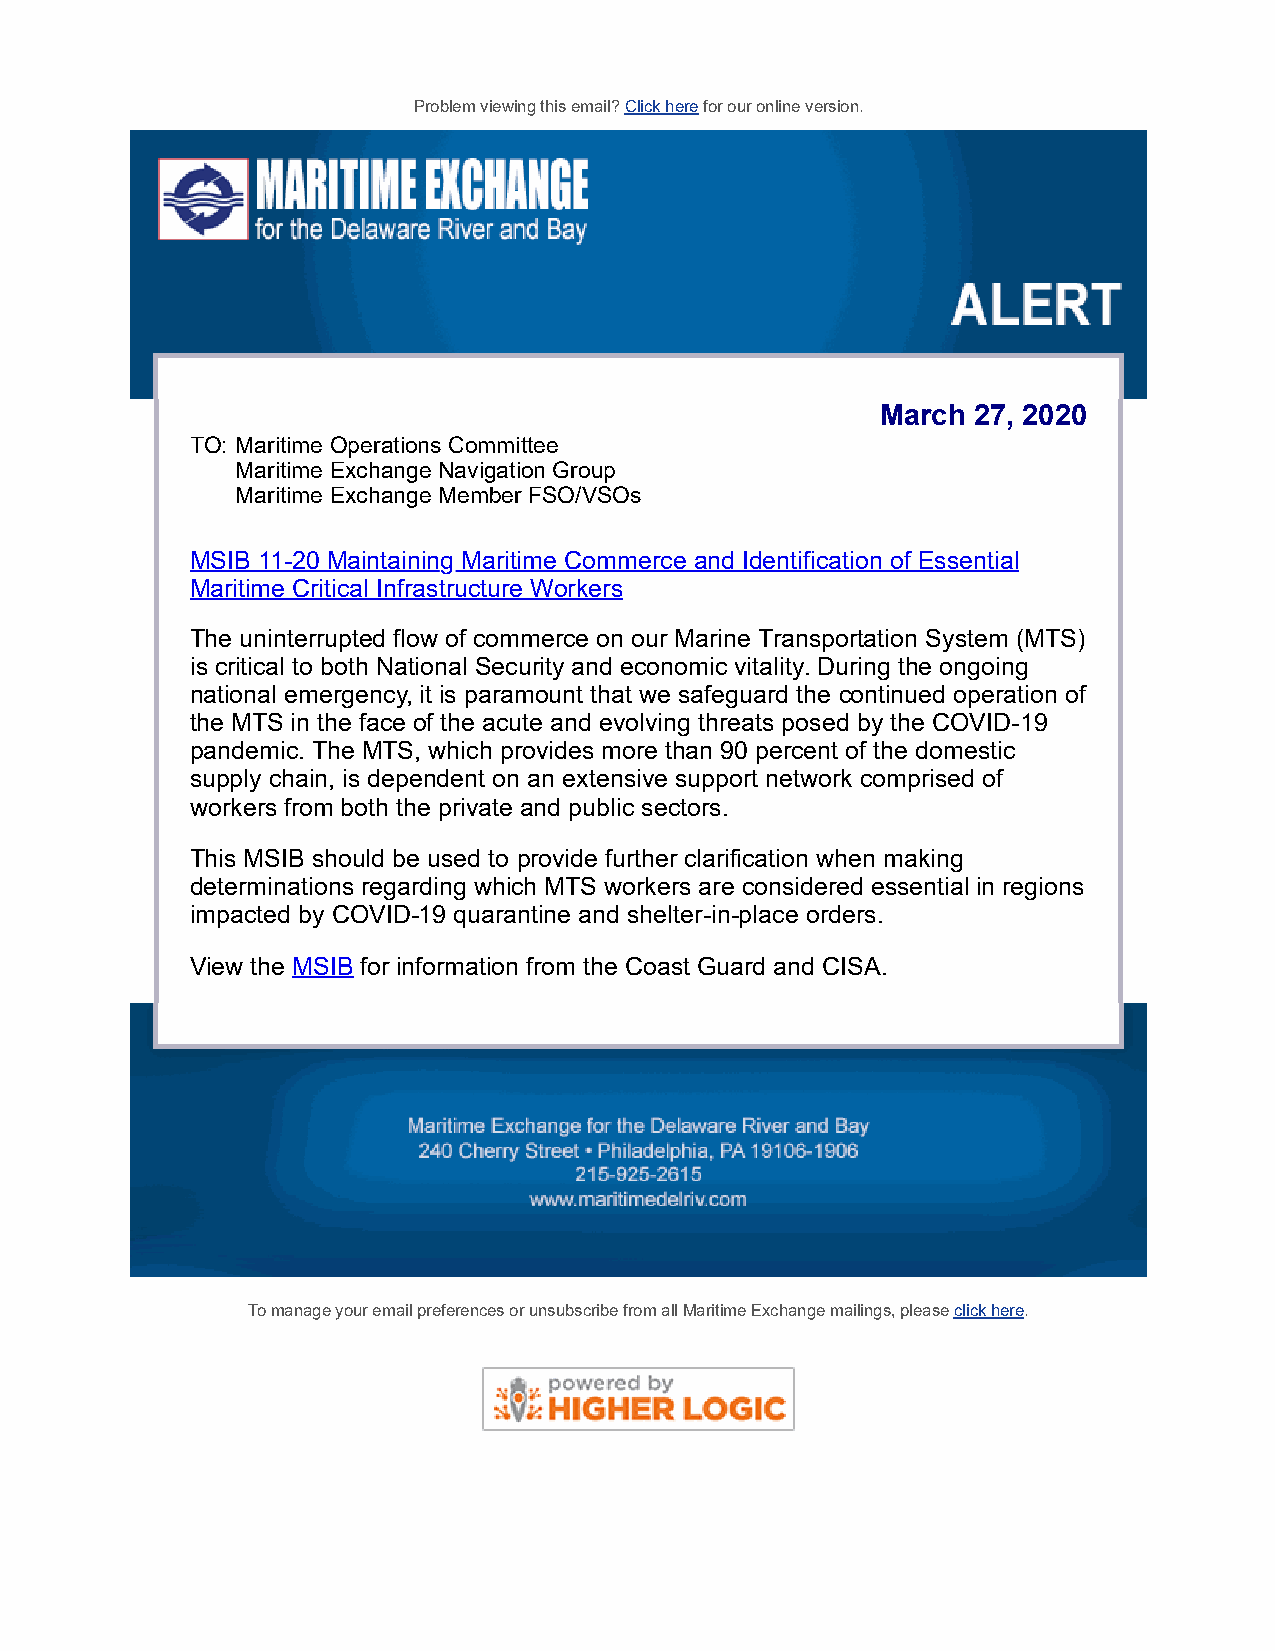
Problem viewing this email? Click here for our online version.
 March 27, 2020
 TO: Maritime Operations Committee
 Maritime Exchange Navigation Group
 Maritime Exchange Member FSO/VSOs
 MSIB 11-20 Maintaining Maritime Commerce and Identification of Essential
 Maritime Critical Infrastructure Workers
 The uninterrupted flow of commerce on our Marine Transportation System (MTS)
 is critical to both National Security and economic vitality. During the ongoing
 national emergency, it is paramount that we safeguard the continued operation of
 the MTS in the face of the acute and evolving threats posed by the COVID-19
 pandemic. The MTS, which provides more than 90 percent of the domestic
 supply chain, is dependent on an extensive support network comprised of
 workers from both the private and public sectors.
 This MSIB should be used to provide further clarification when making
 determinations regarding which MTS workers are considered essential in regions
 impacted by COVID-19 quarantine and shelter-in-place orders.
 View the MSIB for information from the Coast Guard and CISA.
 To manage your email preferences or unsubscribe from all Maritime Exchange mailings, please click here.